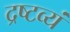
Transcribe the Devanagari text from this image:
द्रष्टव्यं